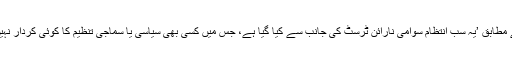
ان کے مطابق ’یہ سب انتظام سوامی نارائن ٹرسٹ کی جانب سے کیا گیا ہے، جس میں کسی بھی سیاسی یا سماجی تنظیم کا کوئی کردار نہیں ہے۔